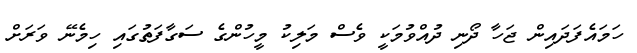
ހަމައެފަދައިން ޖަހާ ދޯނި ދުއްވުމަކީ ވެސް މަލިކު މީހުންގެ ސަގާފަތުގައި ހިމެނޭ ވަރަށް